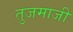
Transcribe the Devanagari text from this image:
तुजमाजी